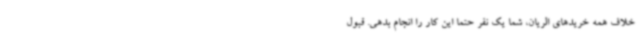
خلاف همه خریدهای الریان، شما یک نفر حتما این کار را انجام بدهی. قبول